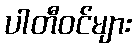
ပါတီဝင်များ